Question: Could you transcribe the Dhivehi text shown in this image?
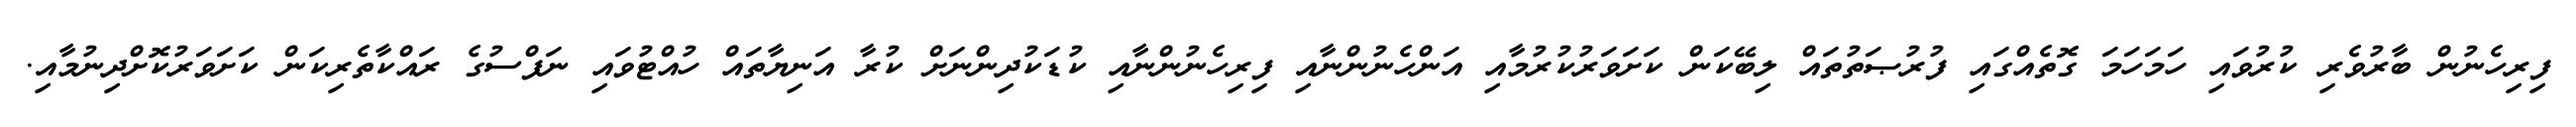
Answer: ފިރިހެނުން ބާރުވެރި ކުރުވައި ހަމަހަމަ ގޮތެއްގައި ފުރުޞަތުތައް ލިބޭކަން ކަށަވަރުކުރުމާއި އަންހެނުންނާއި ފިރިހެނުންނާއި ކުޑަކުދިންނަށް ކުރާ އަނިޔާތައް ހުއްޓުވައި ނަފްސުގެ ރައްކާތެރިކަން ކަށަވަރުކޮށްދިނުމާއި.